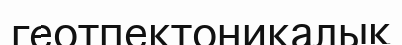
геотпектоникалық